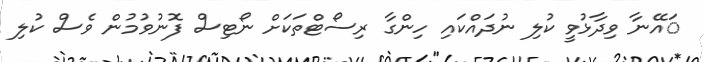
ައޭނާ ވިދާޅުވީ ކުލި ނުދައްކައި ހިންގާ ރިސޯޓްތަކަށް ނޯޓިސް ފޮނުވުމުން ވެސް ކުލި